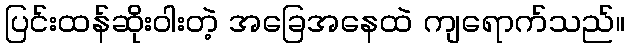
ပြင်းထန်ဆိုးဝါးတဲ့ အခြေအနေထဲ ကျရောက်သည်။